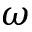
\omega